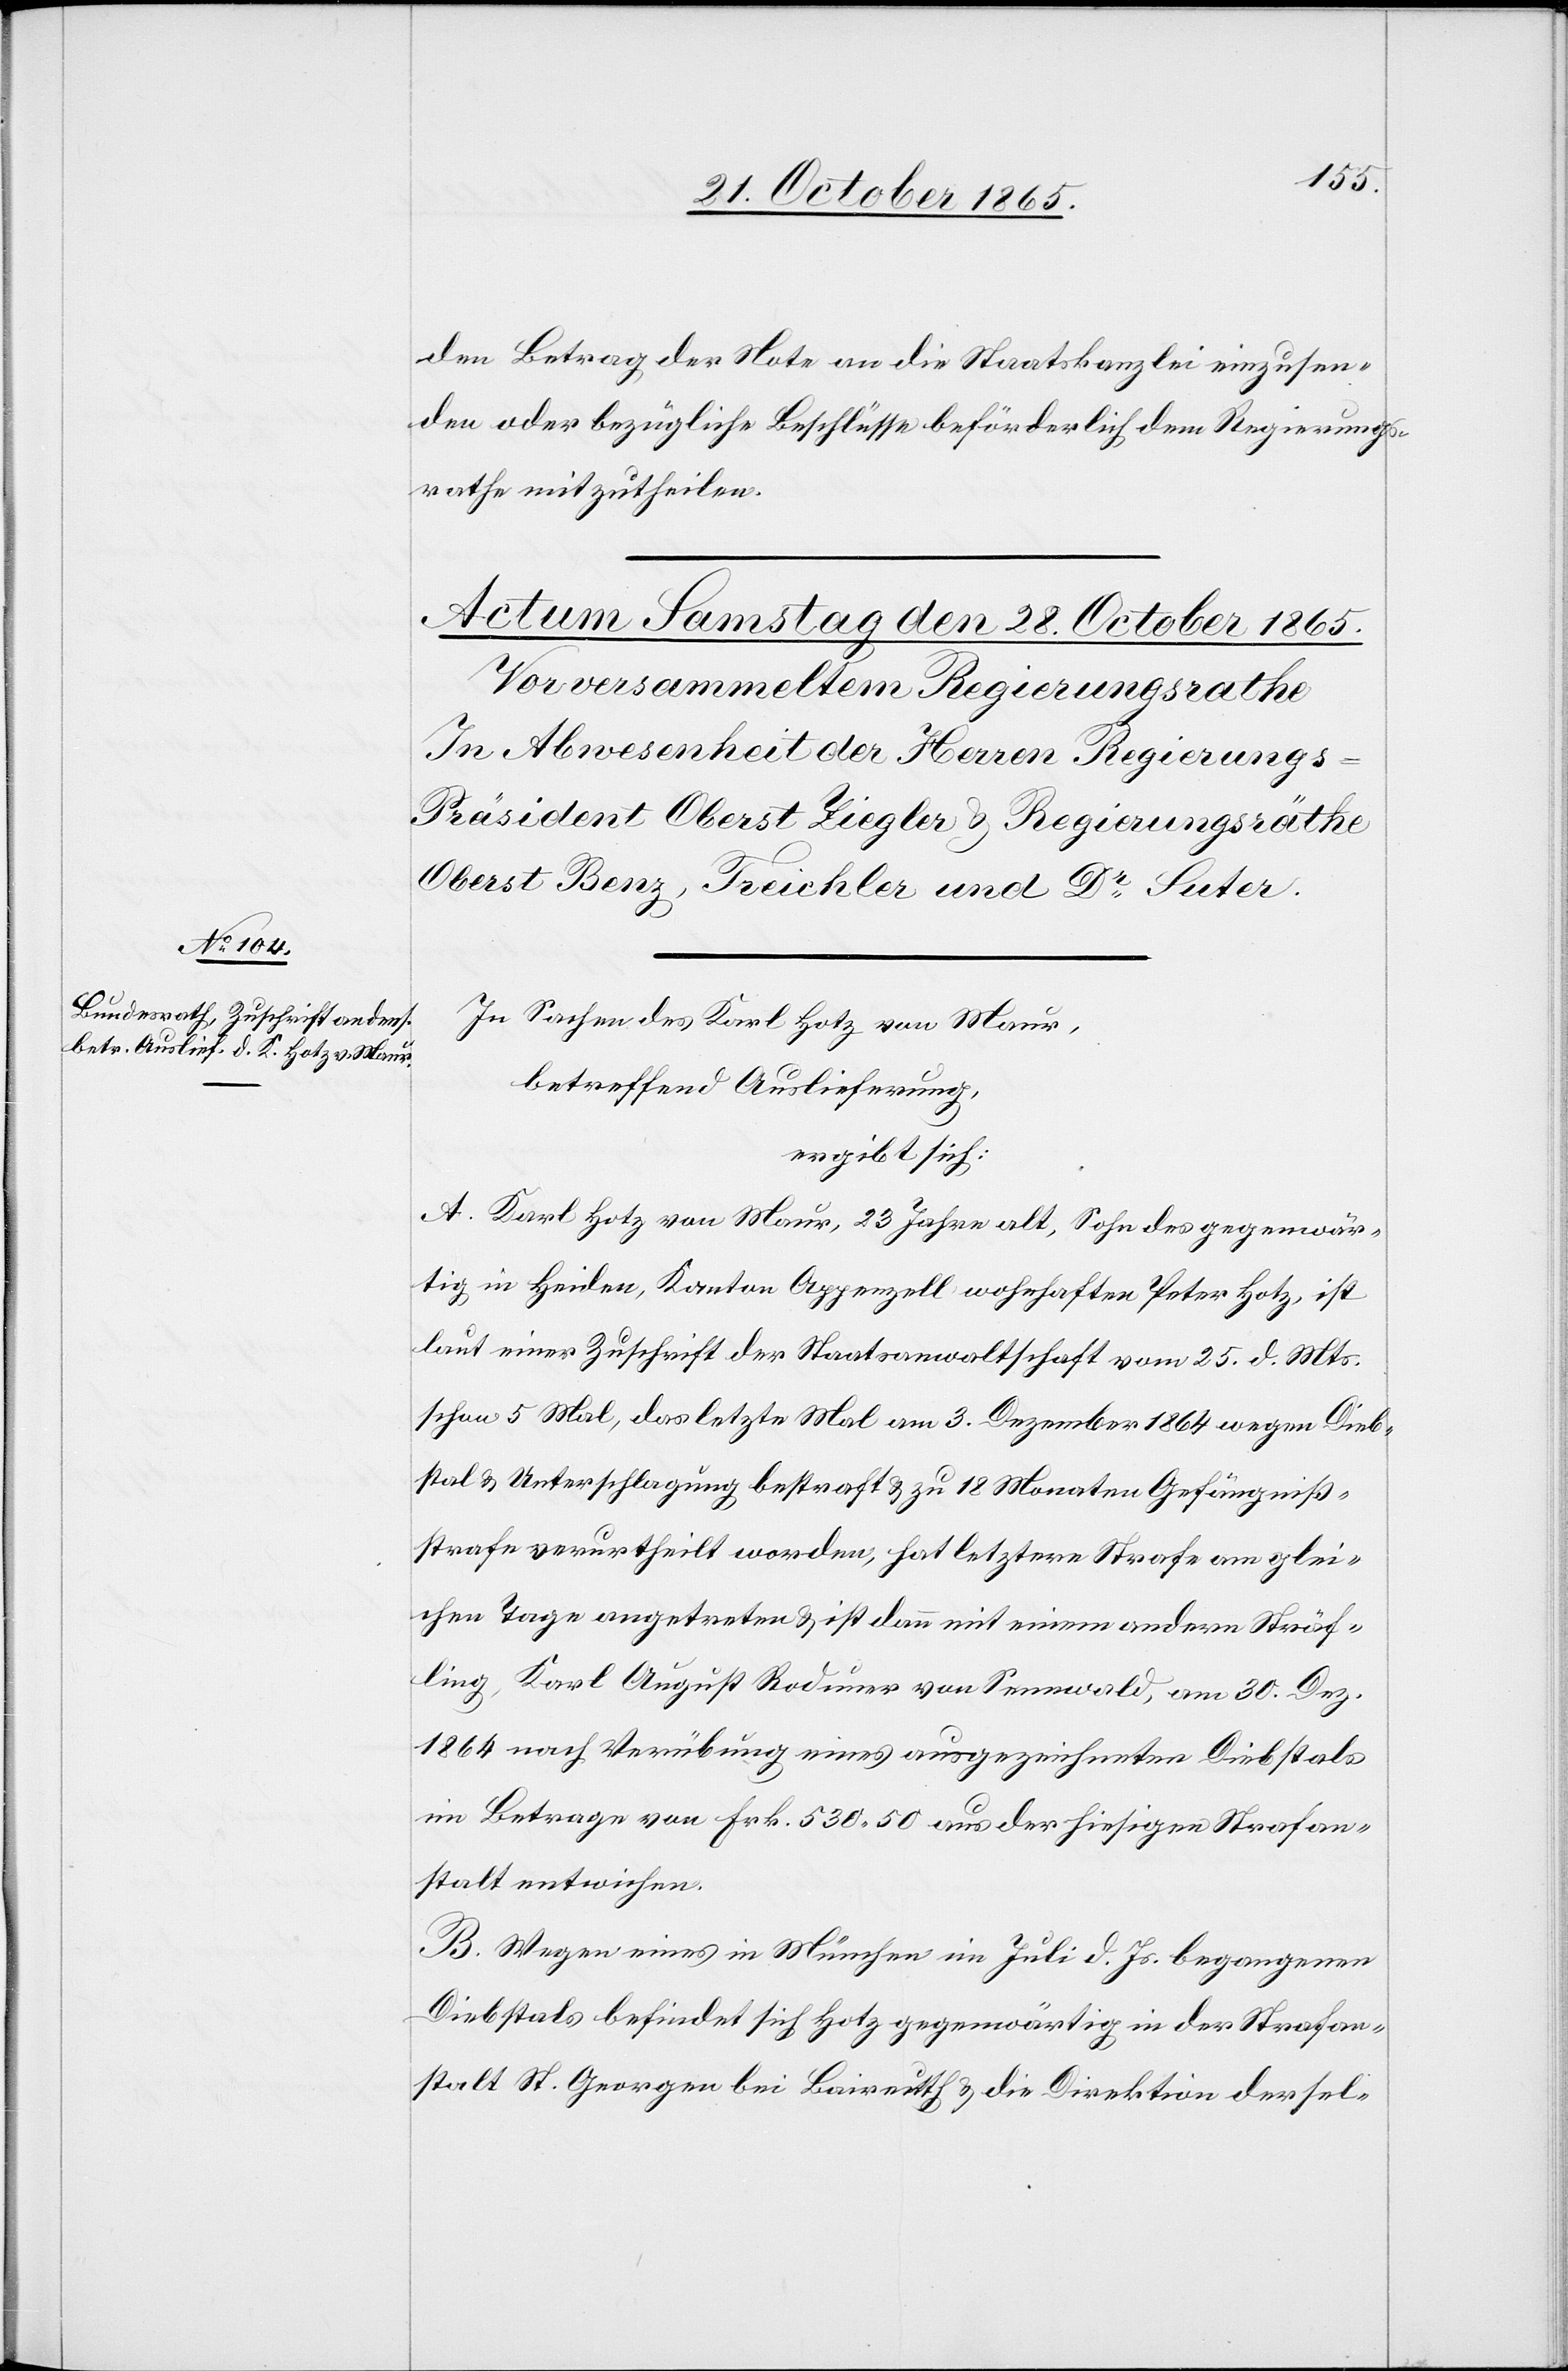
den Betrag der Note an die Staatskanzlei einzusen¬
den oder bezügliche Beschlüsse beförderlich dem Regierungs¬
rathe mitzutheilen.
In Sachen des Karl Hotz von Maur,
betreffend Auslieferung,
ergibt sich:
A. Karl Hotz von Maur, 23 Jahre alt, Sohn des gegenwär¬
tig in Heiden, Kanton Appenzell wohnhaften Peter Hotz, ist
laut einer Zuschrift der Staatsanwaltschaft vom 25. d. Mts.
schon 5 Mal, das letzte Mal am 3. Dezember 1864 wegen Dieb¬
stal & Unterschlagung bestraft & zu 18 Monaten Gefängniß¬
strafe verurtheilt worden, hat letztere Strafe am glei¬
chen Tage angetreten & ist dann mit einem andern Sträf¬
ling, Karl August Roduner von Sennwald, am 30. Dez.
1864 nach Verübung eines ausgezeichneten Diebstals
im Betrage von Frk. 530 50 aus der hiesigen Strafan¬
stalt entwichen.
B. Wegen eines in München im Juli d. Js. begangenen
Diebstals befindet sich Hotz gegenwärtig in der Strafan¬
stalt St. Georgen bei Baireuth & die Direktion dersel-